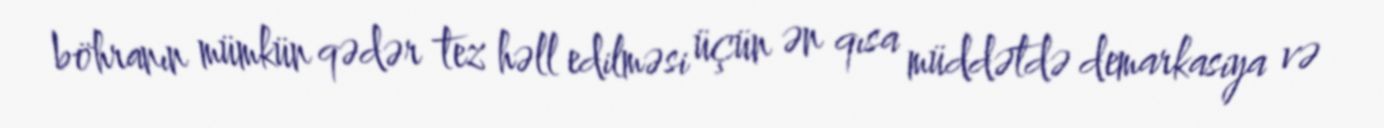
böhranın mümkün qədər tez həll edilməsi üçün ən qısa müddətdə demarkasiya və